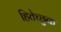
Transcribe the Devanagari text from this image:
हितेच्छुक